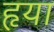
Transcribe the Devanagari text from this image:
हृया